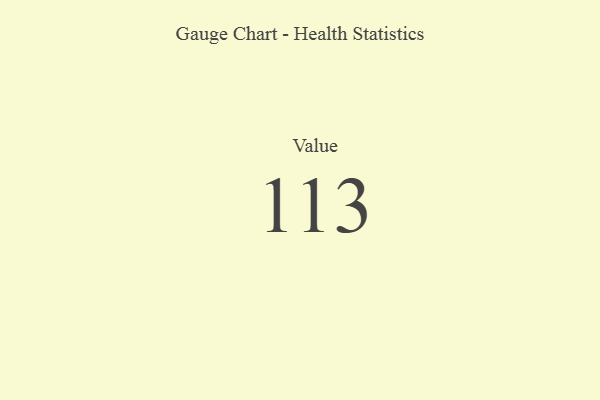
{"axis": {"x": "Metric", "y": "Value"}, "legend": [""], "data": [{"x": "Value", "y": 113, "type": ""}]}